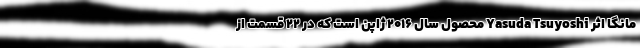
مانگا اثر Yasuda Tsuyoshi محصول سال ۲۰۱۶ ژاپن است که در ۲۲ قسمت از